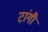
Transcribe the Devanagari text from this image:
टांगी